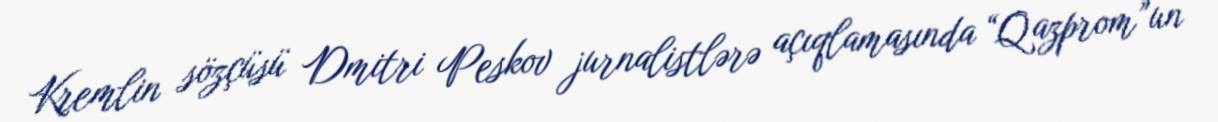
Kremlin sözçüsü Dmitri Peskov jurnalistlərə açıqlamasında “Qazprom”un